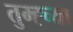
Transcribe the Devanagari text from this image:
तुम्ह्च्या